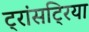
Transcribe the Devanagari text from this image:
ट्रांसट्रिया